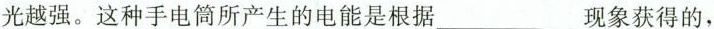
光越强。这种手电筒所产生的电能是根据____现象获得的，